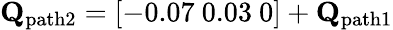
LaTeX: \mathbf{Q}_{\mathrm{path2}}=\left[-0.07\ 0.03\ 0\right]+\mathbf{Q}_{\mathrm{path1}}